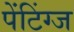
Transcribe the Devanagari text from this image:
पेंटिंग्ज